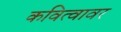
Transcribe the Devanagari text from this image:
कवित्वावर